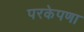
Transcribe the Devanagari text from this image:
परकेपणा